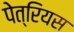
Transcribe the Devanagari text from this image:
पेत्रियस